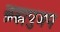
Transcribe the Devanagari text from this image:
ब्रह्मपुत्रप